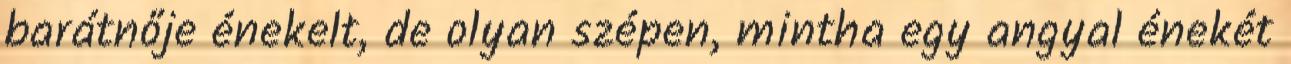
barátnője énekelt, de olyan szépen, mintha egy angyal énekét